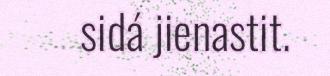
sidá jienastit.